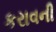
કરાવની